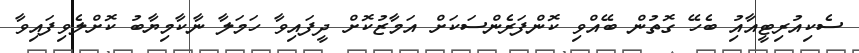
ސެކިއުރިޓީއާއިު ބެހޭ ގޮތުން ބޭއްވި ކޮންފަރެންސަކަށް އަމާޒުކޮށް ދީފައިވާ ހަމަލާ ނާކާމިޔާބު ކޮށްލެވިފައިވާ